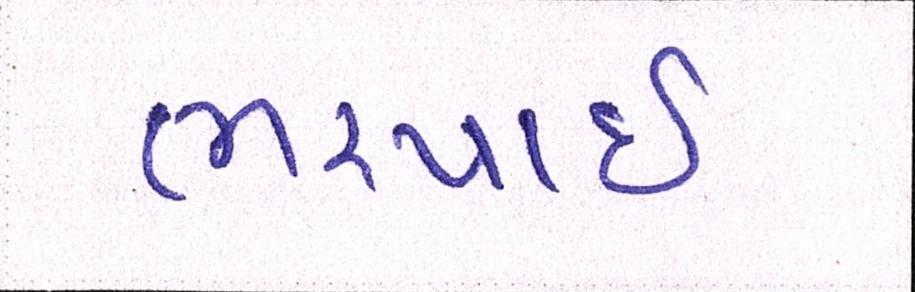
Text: ભરપાઈ